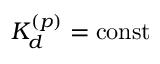
K _ { d } ^ { ( p ) } = \mathrm { { c o n s t } }